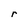
Character: r